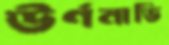
ঊর্ণনাভি